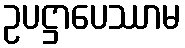
ဥပဋ္ဌာပေဿာမ